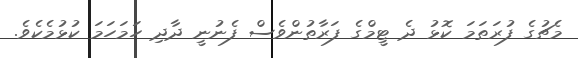
މެޗުގެ ފުރަތަމަ ކޮޅު ދެ ޓީމްގެ ފަރާތުންވެސް ފެނުނީ ދާދި ހަމަހަމަ ކުޅުމެކެވެ.